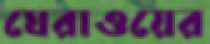
ঘেরাওয়ের